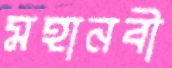
মহানবী